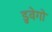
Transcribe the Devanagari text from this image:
डुवेगो